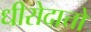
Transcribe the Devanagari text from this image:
धीरोदात्तो